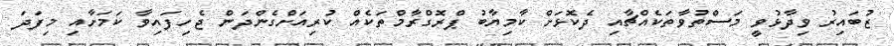
ޒުބައިރު ވިދާޅުވީ މަސްތުވާތަކެއްޗާއި ދެކޮޅަށް ކާމިޔާބު ޕްރޮގްރާމްތަކެއް ކުރިއަށްގެންދަން ޖެހިފައިވާ ކަމަށާއި މިފަދަ